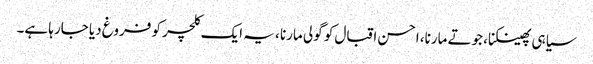
سیاہی پھینکنا، جوتے مارنا، احسن اقبال کو گولی مارنا ، یہ ایک کلچر کو فروغ دیا جارہا ہے۔